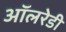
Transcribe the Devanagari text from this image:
ऑलरेडी